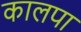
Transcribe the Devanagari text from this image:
कालपा